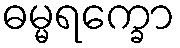
ဓမ္မရက္ခော